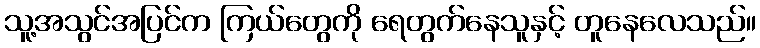
သူ့အသွင်အပြင်က ကြယ်တွေကို ရေတွက်နေသူနှင့် တူနေလေသည်။